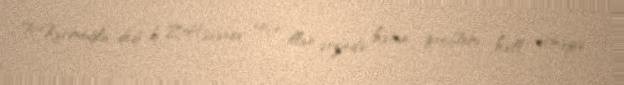
R.Kərimoğlu dedi ki, Z.Həsənov neçə illər ərzində həmin problemi həll etməyə